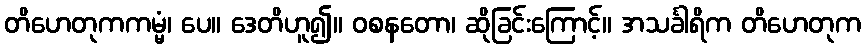
တိဟေတုကကမ္မံ၊ ပေ။ ဒေတိဟူ၍။ ဝစနတော၊ ဆိုခြင်းကြောင့်။ အသင်္ခါရိက တိဟေတုက